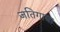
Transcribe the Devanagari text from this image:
जतिगाचा